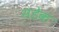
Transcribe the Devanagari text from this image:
सडेक